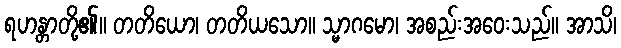
ရဟန္တာတို့၏။ တတိယော၊ တတိယသော။ သ္မာဂမော၊ အစည်းအဝေးသည်။ အာသိ၊